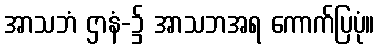
အာသဘံ ဌာနံ-၌ အာသဘအရ ကောက်ပြပုံ။